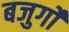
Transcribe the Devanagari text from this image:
बजुर्गों